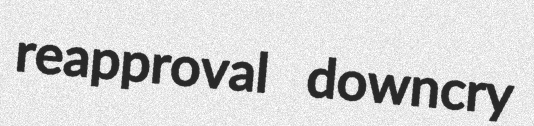
reapproval downcry